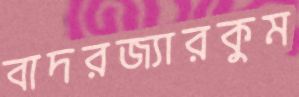
বাদরজ্যারকুম